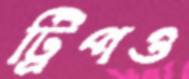
ট্রিপও